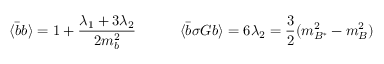
\langle \bar { b } b \rangle = 1 + \frac { { \lambda _ { 1 } } + 3 { \lambda _ { 2 } } } { 2 m _ { b } ^ { 2 } } \qquad \quad \langle \bar { b } \sigma G b \rangle = 6 { \lambda _ { 2 } } = \frac { 3 } { 2 } ( m _ { B ^ { * } } ^ { 2 } - m _ { B } ^ { 2 } )